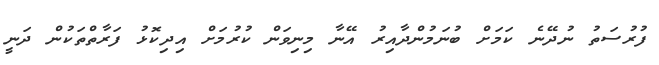
ފުރުސަތު ނުދޭނެ ކަމަށް ބުނަމުންދާއިރު އޭނާ މިނިވަން ކުރުމަށް އިދިކޮޅު ފަރާތްތަކުން ދަނީ